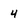
Character: 4